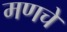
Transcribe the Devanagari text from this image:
मणचे